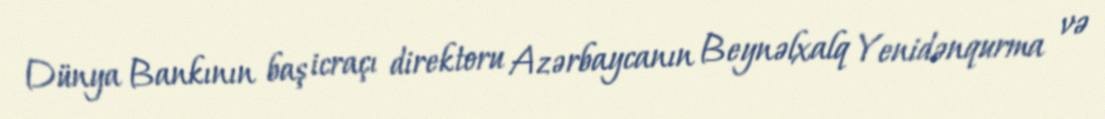
Dünya Bankının baş icraçı direktoru Azərbaycanın Beynəlxalq Yenidənqurma və